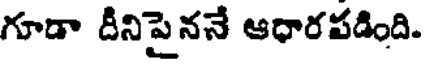
గూడా దీనిపైననే ఆధారపడింది.